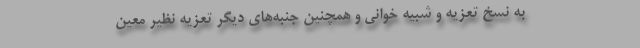
به نسخ تعزیه و شبیه خوانی و همچنین جنبه‌های دیگر تعزیه نظیر معین‌